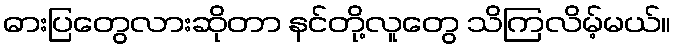
ဓားပြတွေလားဆိုတာ နင်တို့လူတွေ သိကြလိမ့်မယ်။